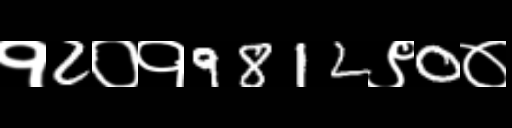
Text: १2०१9812९0०